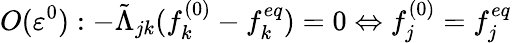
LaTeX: O(\varepsilon^{0}):-\tilde{\Lambda}_{jk}(f_{k}^{(0)}-f_{k}^{eq})=0\Leftrightarrow f_{j}^{(0)}=f_{j}^{eq}